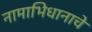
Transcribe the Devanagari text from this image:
नामाभिधानाचे